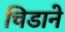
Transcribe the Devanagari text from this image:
चिडाने